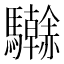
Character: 𩧗